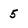
Character: 5